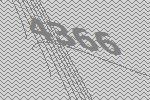
4366